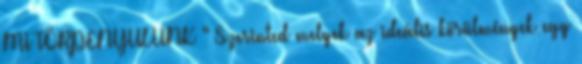
MI TÖRPENYULUNK " Szerinted melyek az ideális körülmények egy